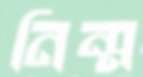
নিন্ম